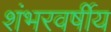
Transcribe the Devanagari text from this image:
शंभरवर्षीय